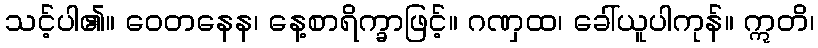
သင့်ပါ၏။ ဝေတနေန၊ နေ့စာရိက္ခာဖြင့်။ ဂဏှထ၊ ခေါ်ယူပါကုန်။ ဣတိ၊